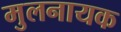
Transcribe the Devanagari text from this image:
मुलनायक